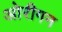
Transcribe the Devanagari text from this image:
ओरीगन